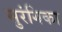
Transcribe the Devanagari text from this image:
सुरंगिका